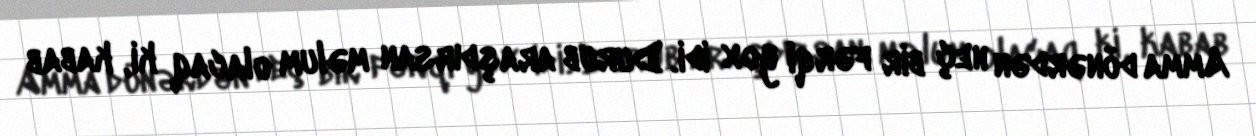
Amma dönərdən heç bir fərqi yox idi. Durub araşdırsan məlum olacaq ki, kabab